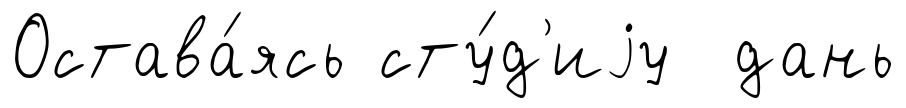
Остава́ясь сту́д'иjу дань